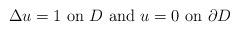
LaTeX: \begin{align*}\Delta u=1\hbox{ on }D\hbox{ and }u=0\hbox{ on }\partial D \end{align*}